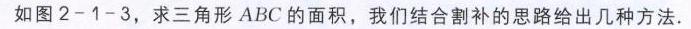
如图2 - 1 - 3，求三角形 \(ABC\) 的面积，我们结合割补的思路给出几种方法.